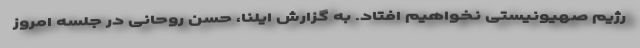
رژیم صهیونیستی نخواهیم افتاد. به گزارش ایلنا، حسن روحانی در جلسه امروز